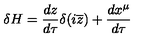
\delta H = \frac { d z } { d \tau } \delta ( i \overline { { z } } ) + \frac { d x ^ { \mu } } { d \tau }